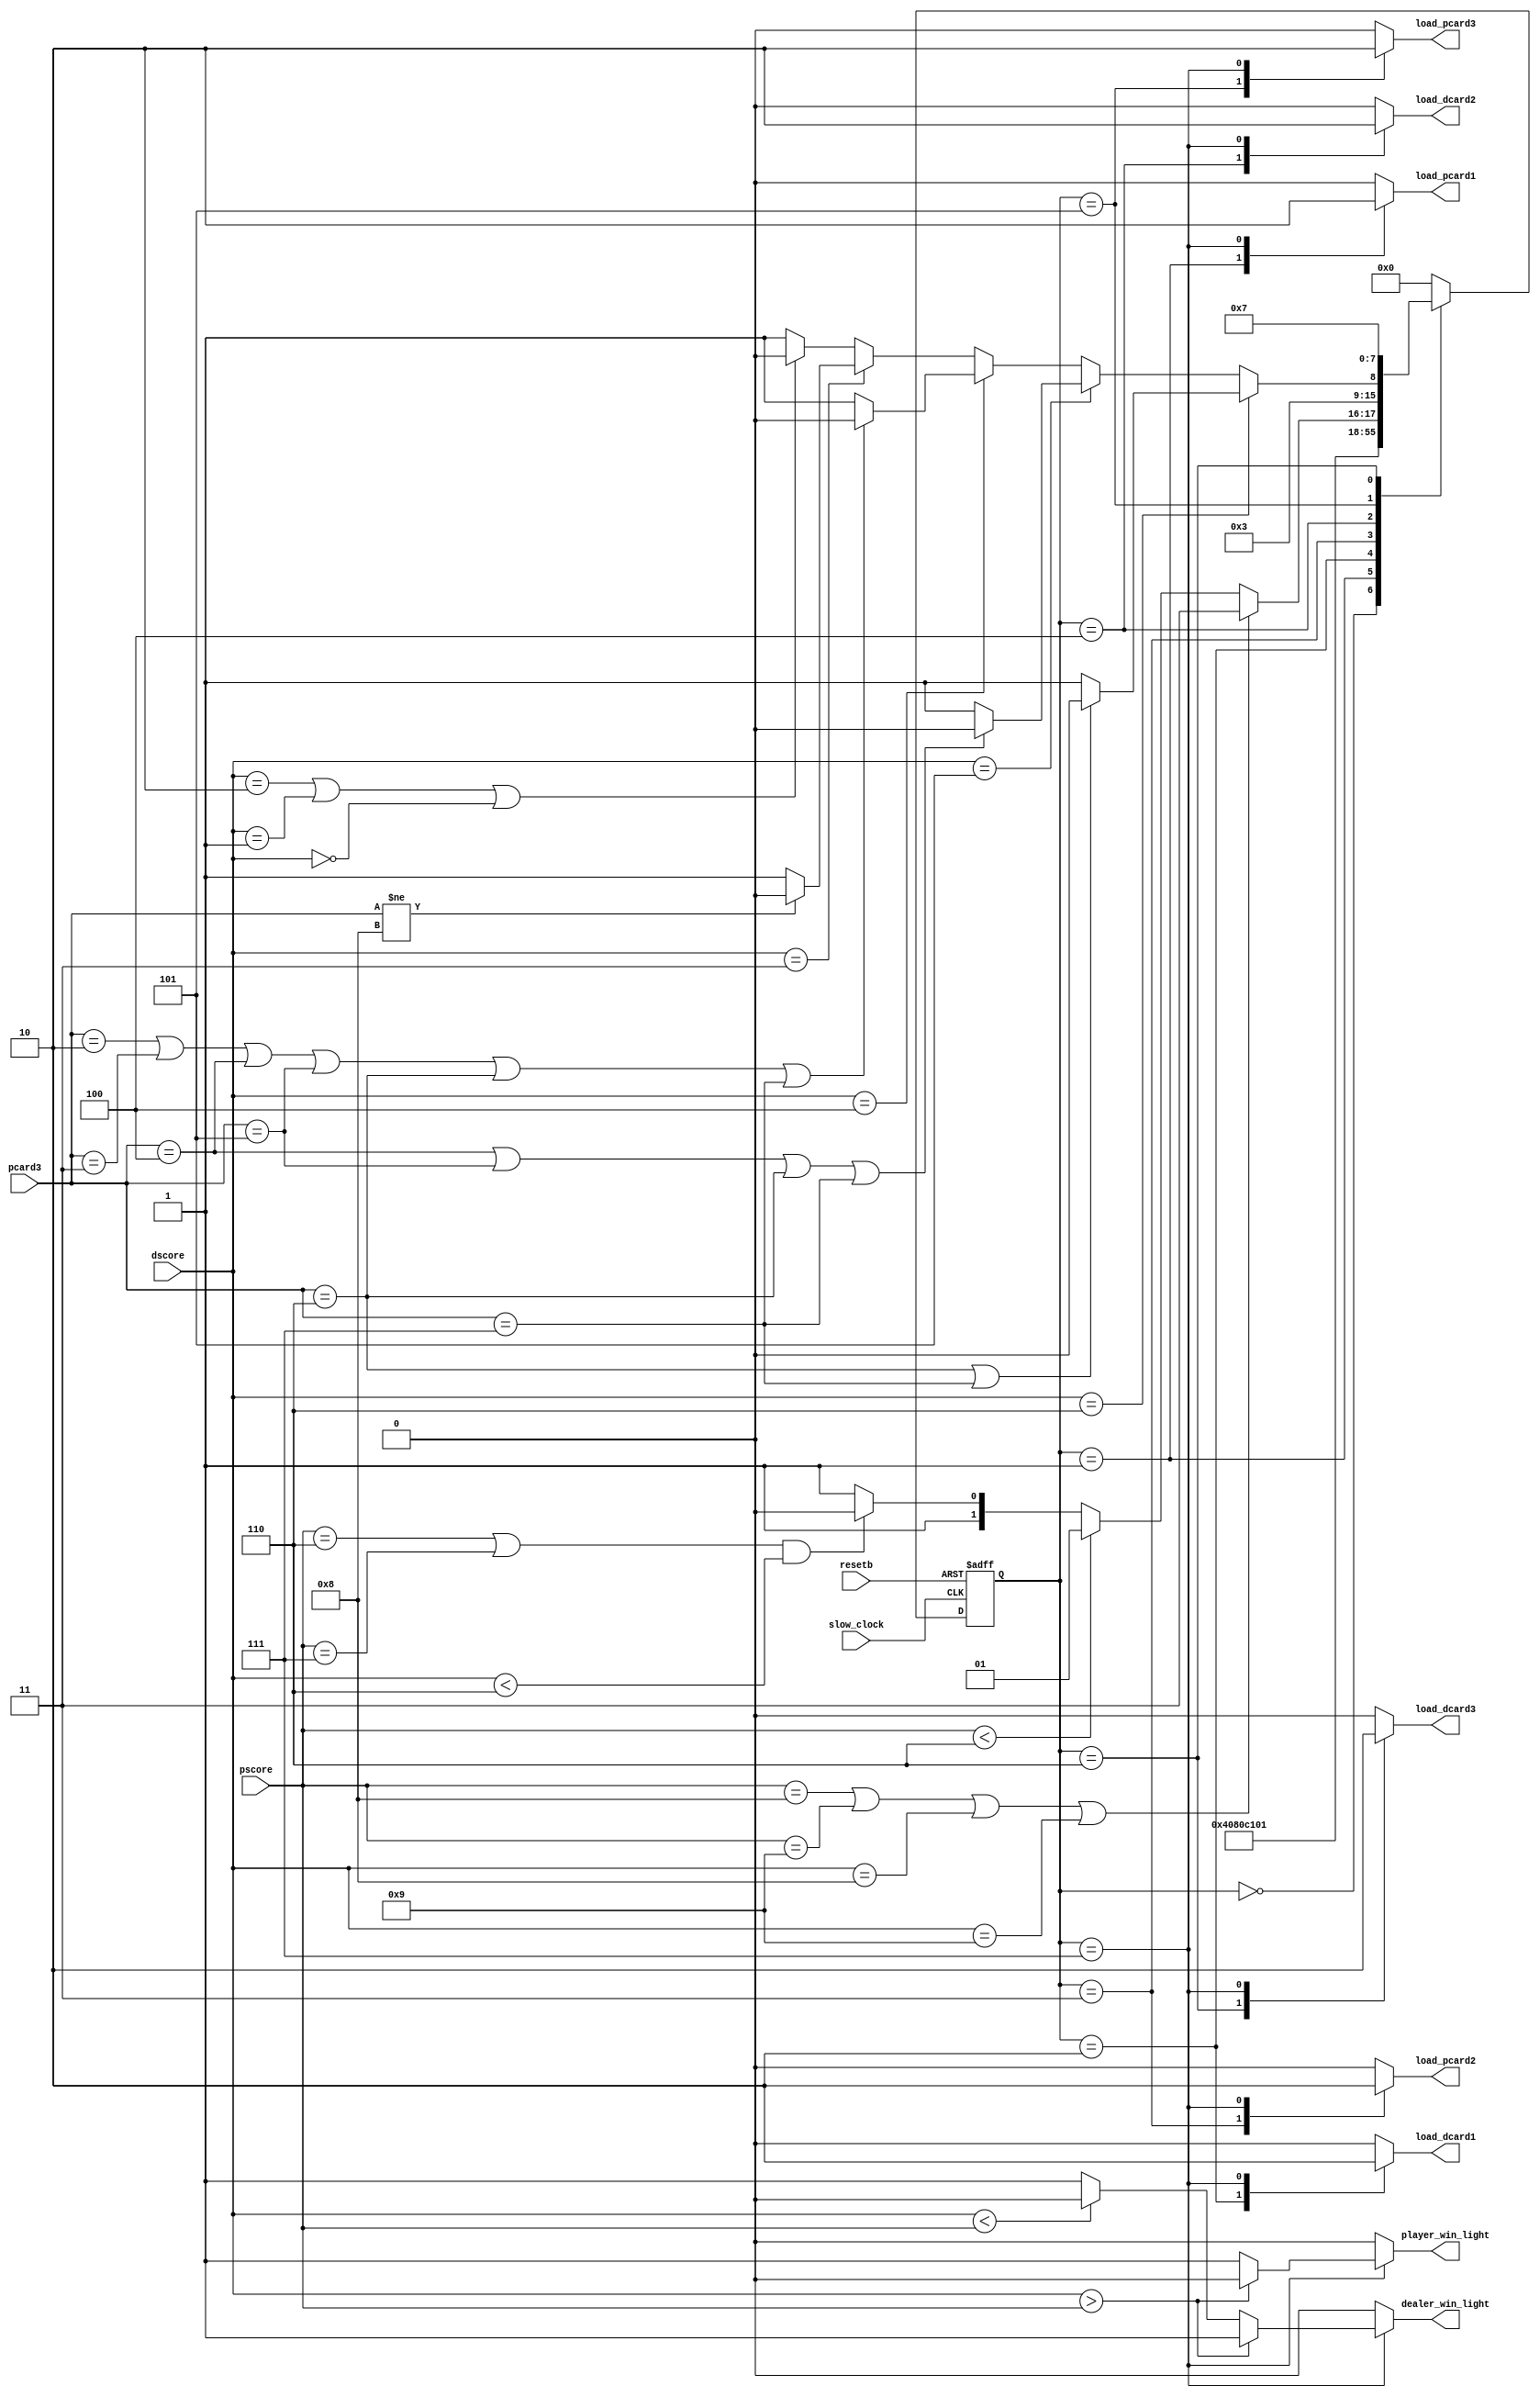
module statemachine ( slow_clock, resetb,
                      dscore, pscore, pcard3,
                      load_pcard1, load_pcard2,load_pcard3,
                      load_dcard1, load_dcard2, load_dcard3,
                      player_win_light, dealer_win_light);
							 
	input slow_clock, resetb;
	input [3:0] dscore, pscore, pcard3;
	output reg load_pcard1, load_pcard2, load_pcard3;
	output reg load_dcard1, load_dcard2, load_dcard3;
	output reg player_win_light, dealer_win_light;
	
	`define RST 0	//define states
	`define PC1 1
	`define DC1 2
	`define PC2 3
	`define DC2 4
	`define PC3 5
	`define DC3 6
	`define END 7

	reg [7:0] state;
	
	//next state logic
	always @(negedge slow_clock or negedge resetb) begin
		if (resetb == 0) 
			begin
			state <= `RST;
			end
		else 
		begin
		case (state)
			`RST: state <= `PC1;
			`PC1: state <= `DC1;
			`DC1: state <= `PC2;
			`PC2: state <= `DC2;
			`DC2:
				//pscore is [0-5]
				if (pscore == 8 || pscore == 9 || dscore == 8 || dscore == 9)
					begin 
					state <= `END;
					end
				else if (pscore < 6)
					begin
					state <= `PC3;
				//pscore is [6-7] and dscore is [0-5]
				   end 
				else if ((pscore == 6 || pscore == 7) && dscore < 6) 
				   begin
					state <= `DC3;
				//pscore or dscore is [8-9], or pscore and dscore is [6-7]
				   end 
				else 
					begin
					state <= `END;
					end
			`PC3: 
				//ridiculous conditions
				if (dscore == 6) 
				   begin
					if (pcard3 == 6 || pcard3 == 7)
						begin
						state <= `DC3;
						end 
					else 
						begin 
						state <= `END; 
						end
					end 
				else if (dscore == 5) 
					begin
					if (pcard3 == 4 || pcard3 == 5 || pcard3 == 6 || pcard3 == 7) 
						begin
					   state <= `DC3;
						end 
					else 
						begin 
						state <= `END;
						end
					end
            else if (dscore == 4)
					begin
               if (pcard3 == 2 || pcard3 == 3 || pcard3 == 4 || pcard3 == 5 || pcard3 == 6 || pcard3 == 7)
						begin
                  state <= `DC3;
						end
               else
						begin
						state <= `END;
						end
					end	
            else if (dscore == 3)
					begin
					if (pcard3 != 8)
						begin
                  state <= `DC3;
						end
               else
						begin
						state <= `END;
						end
					end
            else if (dscore == 2 || dscore == 1 || dscore == 0)
					begin
					state <= `DC3;
					end
				else
					begin
					state <= `END;
					end
			`DC3: state <= `END;
			`END: state <= `RST;
			default: state <= `RST;
		endcase
		end
	end
	
	//output logic
	always @(*) begin
		case (state)
			//turn on load signal for each card
			`RST: {load_pcard1, load_pcard2, load_pcard3, load_dcard1, load_dcard2, load_dcard3, player_win_light, dealer_win_light}
			= 8'b00000000;
			`PC1: {load_pcard1, load_pcard2, load_pcard3, load_dcard1, load_dcard2, load_dcard3, player_win_light, dealer_win_light}
			= 8'b10000000;
			`PC2: {load_pcard1, load_pcard2, load_pcard3, load_dcard1, load_dcard2, load_dcard3, player_win_light, dealer_win_light}
			= 8'b01000000;
			`PC3: {load_pcard1, load_pcard2, load_pcard3, load_dcard1, load_dcard2, load_dcard3, player_win_light, dealer_win_light}
			= 8'b00100000;
			`DC1: {load_pcard1, load_pcard2, load_pcard3, load_dcard1, load_dcard2, load_dcard3, player_win_light, dealer_win_light}
			= 8'b00010000;
			`DC2: {load_pcard1, load_pcard2, load_pcard3, load_dcard1, load_dcard2, load_dcard3, player_win_light, dealer_win_light}
			= 8'b00001000;
			`DC3: {load_pcard1, load_pcard2, load_pcard3, load_dcard1, load_dcard2, load_dcard3, player_win_light, dealer_win_light}
			= 8'b00000100;
			//display win lights for player and dealer
			`END:
				if (dscore > pscore)
					{load_pcard1, load_pcard2, load_pcard3, load_dcard1, load_dcard2, load_dcard3, player_win_light, dealer_win_light}
					= 8'b00000001;		//dealer wins
				else if (dscore < pscore)
					{load_pcard1, load_pcard2, load_pcard3, load_dcard1, load_dcard2, load_dcard3, player_win_light, dealer_win_light}
					= 8'b00000010;		//player wins
				else
					{load_pcard1, load_pcard2, load_pcard3, load_dcard1, load_dcard2, load_dcard3, player_win_light, dealer_win_light}
					= 8'b00000011;		//tie
			default: {load_pcard1, load_pcard2, load_pcard3, load_dcard1, load_dcard2, load_dcard3, player_win_light, dealer_win_light}
					= 8'b00000000;
					
		endcase
	end
	
// The code describing your state machine will go here.  Remember that
// a state machine consists of next state logic, output logic, and the 
// registers that hold the state.  You will want to review your notes from
// CPEN 211 or equivalent if you have forgotten how to write a state machine.
	
endmodule